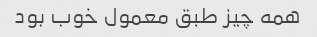
همه چیز طبق معمول خوب بود